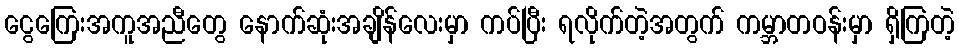
ငွေကြေးအကူအညီတွေ နောက်ဆုံးအချိန်လေးမှာ ကပ်ပြီး ရလိုက်တဲ့အတွက် ကမ္ဘာတဝန်းမှာ ရှိကြတဲ့